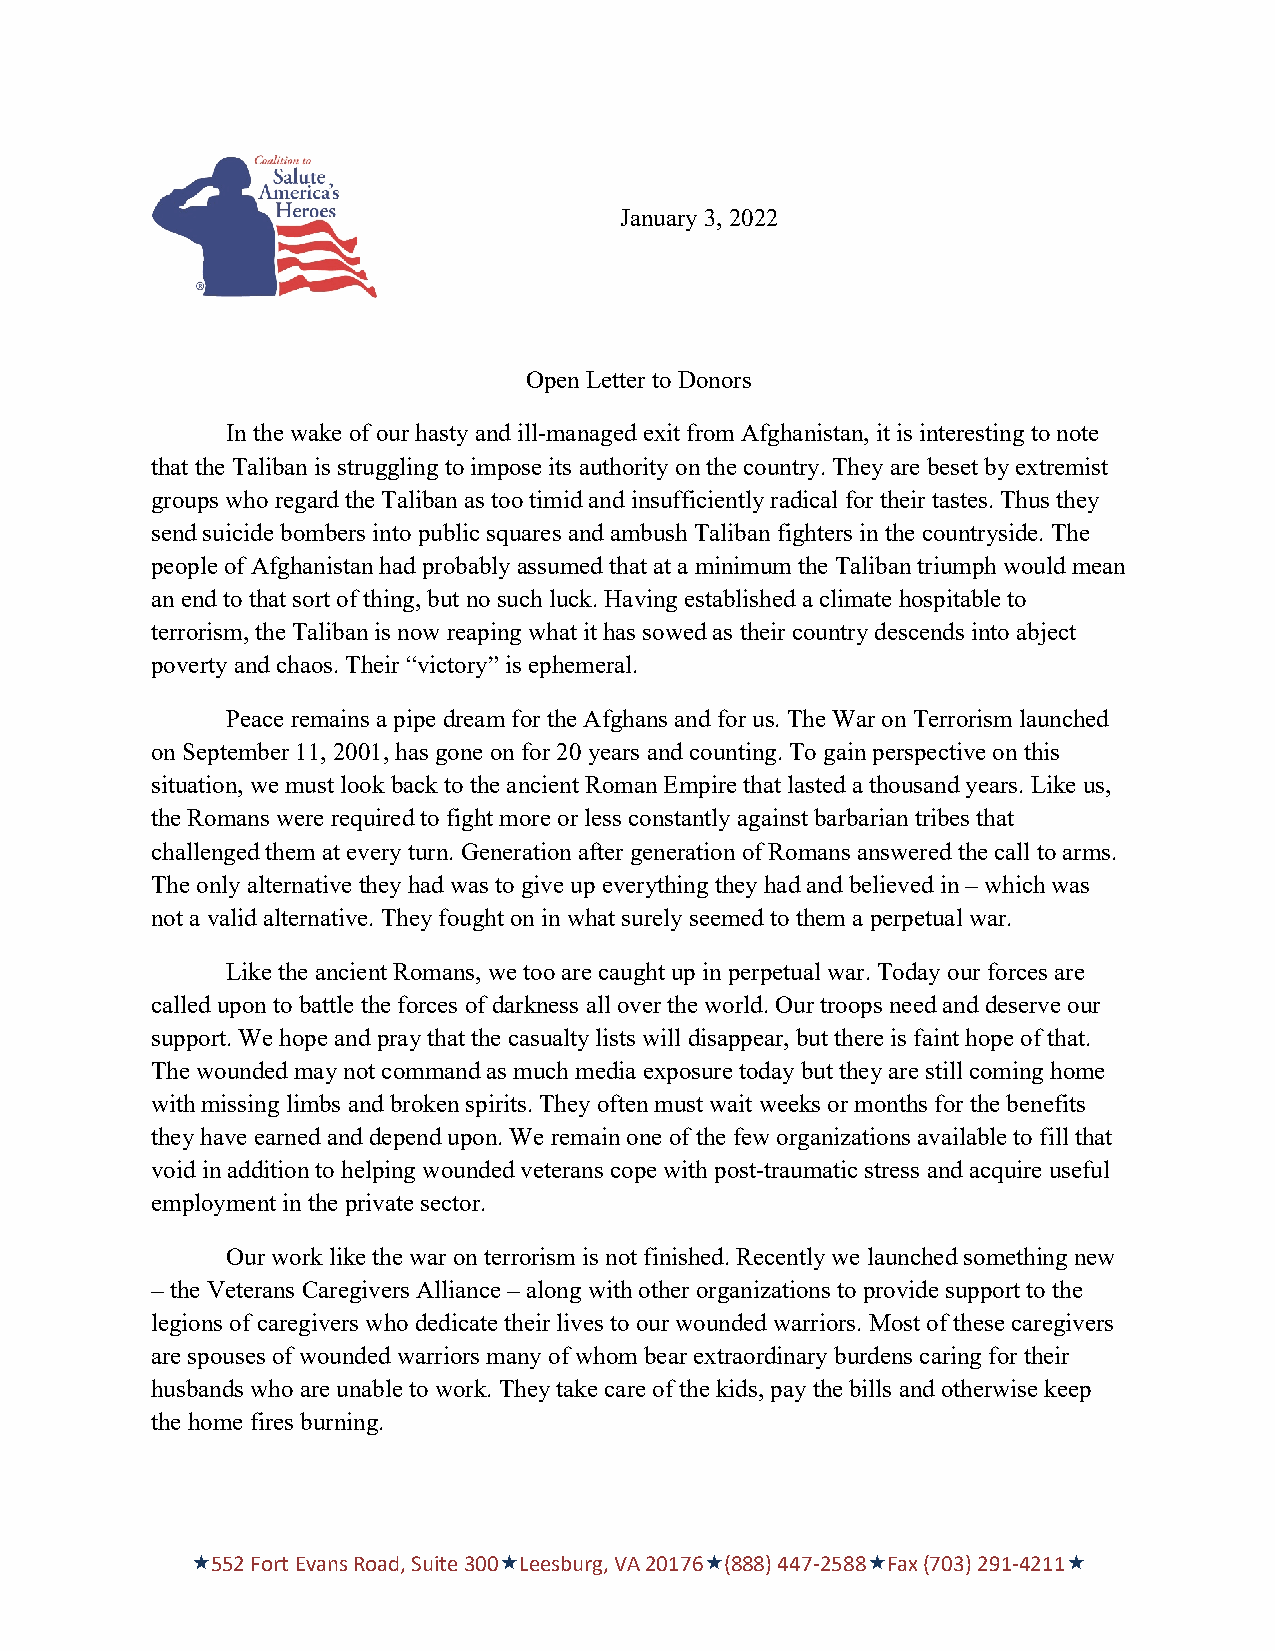
January 3, 2022
 Open Letter to Donors
 In the wake of our hasty and ill-managed exit from Afghanistan, it is interesting to note
 that the Taliban is struggling to impose its authority on the country. They are beset by extremist
 groups who regard the Taliban as too timid and insufficiently radical for their tastes. Thus they
 send suicide bombers into public squares and ambush Taliban fighters in the countryside. The
 people of Afghanistan had probably assumed that at a minimum the Taliban triumph would mean
 an end to that sort of thing, but no such luck. Having established a climate hospitable to
 terrorism, the Taliban is now reaping what it has sowed as their country descends into abject
 poverty and chaos. Their “victory” is ephemeral.
 Peace remains a pipe dream for the Afghans and for us. The War on Terrorism launched
 on September 11, 2001, has gone on for 20 years and counting. To gain perspective on this
 situation, we must look back to the ancient Roman Empire that lasted a thousand years. Like us,
 the Romans were required to fight more or less constantly against barbarian tribes that
 challenged them at every turn. Generation after generation of Romans answered the call to arms.
 The only alternative they had was to give up everything they had and believed in – which was
 not a valid alternative. They fought on in what surely seemed to them a perpetual war.
 Like the ancient Romans, we too are caught up in perpetual war. Today our forces are
 called upon to battle the forces of darkness all over the world. Our troops need and deserve our
 support. We hope and pray that the casualty lists will disappear, but there is faint hope of that.
 The wounded may not command as much media exposure today but they are still coming home
 with missing limbs and broken spirits. They often must wait weeks or months for the benefits
 they have earned and depend upon. We remain one of the few organizations available to fill that
 void in addition to helping wounded veterans cope with post-traumatic stress and acquire useful
 employment in the private sector.
 Our work like the war on terrorism is not finished. Recently we launched something new
 – the Veterans Caregivers Alliance – along with other organizations to provide support to the
 legions of caregivers who dedicate their lives to our wounded warriors. Most of these caregivers
 are spouses of wounded warriors many of whom bear extraordinary burdens caring for their
 husbands who are unable to work. They take care of the kids, pay the bills and otherwise keep
 the home fires burning.
 «552 Fort Evans Road, Suite 300«Leesburg, VA 20176«(888) 447-2588«Fax (703) 291-4211«